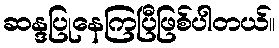
ဆန္ဒပြုနေကြပြီဖြစ်ပါတယ်။